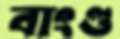
বাংগু